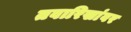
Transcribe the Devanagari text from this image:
तवारिखांवर